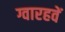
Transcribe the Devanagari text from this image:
ग्वारहवें